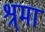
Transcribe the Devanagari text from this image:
श्र्मा